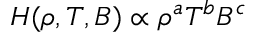
{ \cal H } ( \rho , T , B ) \propto \rho ^ { a } T ^ { b } B ^ { c }